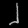
Digit: ၂